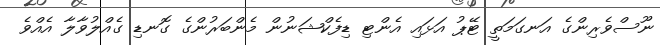
ނޫސްވެރިންގެ އަނގަމަތީ ޓޭޕު އަޅައި އެންޓި ޑިފެކްޝަނުން މެންބަރުންގެ ގޮނޑި ގެއްލުވާލާ އެއްވެ